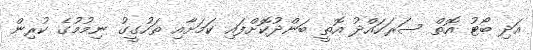
އަދި ބޯޓު އޮތް ސަރަހައްދު އޮތީ ބަންދުކޮށްފައި ކަމަށާއި ތަހުގީގު ނިމުމުގެ ކުރިން